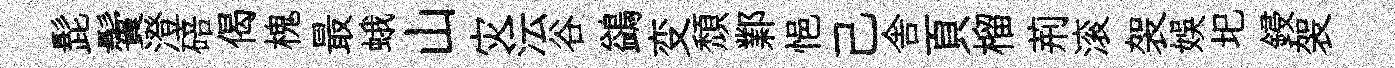
髭鬢澄碚偈槐最蛾山灾沄谷鷁变頽鄴悒己舎頁榴荊滚袈娱圯鋟袈